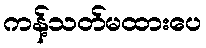
ကန့်သတ်မထားပေ